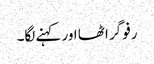
رفو گر اٹھا اور کہنے لگا۔